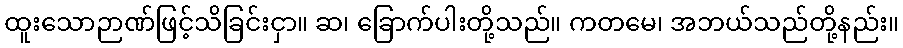
ထူးသောဉာဏ်ဖြင့်သိခြင်းငှာ။ ဆ၊ ခြောက်ပါးတို့သည်။ ကတမေ၊ အဘယ်သည်တို့နည်း။